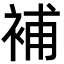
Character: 補